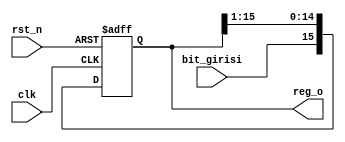
`timescale 1ns / 1ps

module shift_register_16bit(
    input clk,
    input rst_n,
    input bit_girisi,
    output [15:0] reg_o
    );
    
    reg [15:0]shift_register ;
    
    initial begin
        shift_register = {15{1'b0}} ;
    end
    
    always@(posedge clk, negedge rst_n)begin
        if(rst_n == 1'b0)begin
            shift_register <= {15{1'b0}};
        end
        else begin
            shift_register[15] <= bit_girisi ;
            shift_register[14:0] <= shift_register[15:1];
        end
    end
    
    assign reg_o = shift_register ;
endmodule